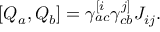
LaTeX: \left[ Q _ { a } , Q _ { b } \right] = \gamma _ { a c } ^ { [ i } \gamma _ { c b } ^ { j ] } J _ { i j } .